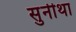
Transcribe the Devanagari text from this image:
सुनीथा